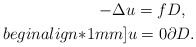
\begin{align*}-\Delta u=f & D,\\begin{align*}1mm] u = 0 & \partial D.\end{align*}